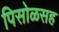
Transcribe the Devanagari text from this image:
पिसोळसह